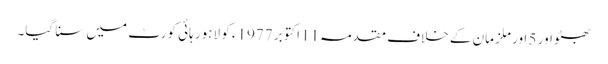
بھٹو اور 5 اور ملزمان کے خلاف مقدمہ11 اکتوبر 1977ء کو لاہور ہائی کورٹ میں سنا گیا۔